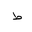
Letter: _da